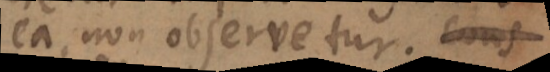
ea non observetur. C